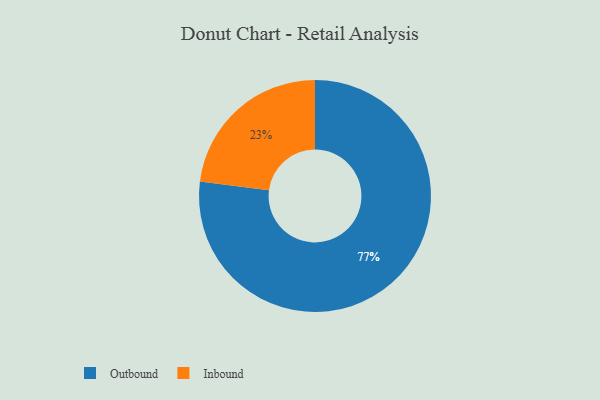
{"axis": {"x": "Category", "y": "Percentage"}, "legend": ["Inbound", "Outbound"], "data": [{"x": "Outbound", "y": 77, "type": "Outbound"}, {"x": "Inbound", "y": 23, "type": "Inbound"}]}